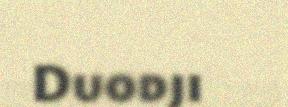
Duodji